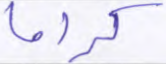
كراما